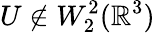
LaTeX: U\not\in W_{2}^{2}({\mathbb R}^{3})